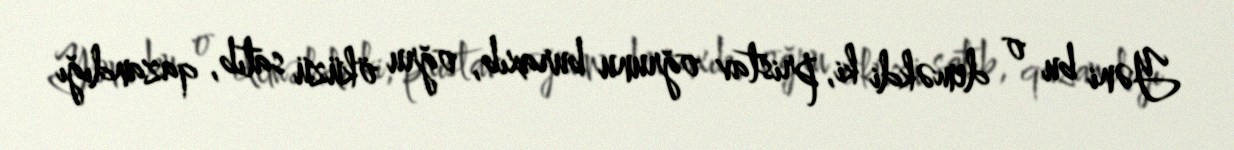
Yəni bu o deməkdi ki, pristav oğrunu buraxıb, oğru öküzü satıb, qazandığı